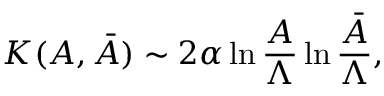
{ \cal K } ( A , \bar { A } ) \sim 2 \alpha \ln { \frac { A } { \Lambda } } \ln { \frac { \bar { A } } { \Lambda } } ,